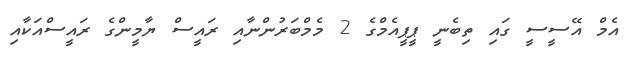
އެމް އޭސީސީ ގައި ތިބެނީ ޕީޕީއެމްގެ 2 މެމްބަރުންނާއި ރައީސް ޔާމީންގެ ރައީސްއަކާއި